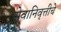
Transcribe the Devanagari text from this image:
सेवानिवृत्तीचे